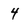
Character: 4